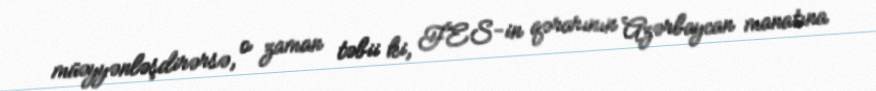
müəyyənləşdirərsə, o zaman təbii ki, FES-in qərarının Azərbaycan manatına